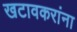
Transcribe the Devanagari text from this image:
खटावकरांना